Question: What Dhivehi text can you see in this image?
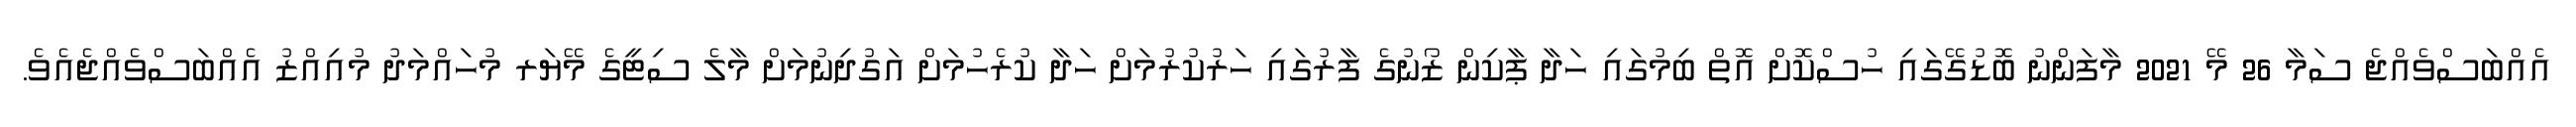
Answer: އެއްބަސްވެއްޖެ ސަމާ 26 މޭ 2021 މާފަންނު ބޮޑުގޭގައި ހުސްކޮށް އޮތް ބިމުގައި ހަދާ ޕާކިން ޒޯނުގެ ފާރުގައި ހަރުކުރުމަށް ހަދާ ކުރެހުމަށް އަގުދިނުމަށް މާލެ ސިޓީގެ މޭޔަރ މުހައްމަދު މުއިއްޒު އެއްބަސްވެއްޖެއެވެ.